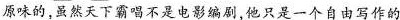
原味的.虽然天下霸唱不是电影编剧,他只是一个自由写作的